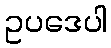
ဥပဒေပါ